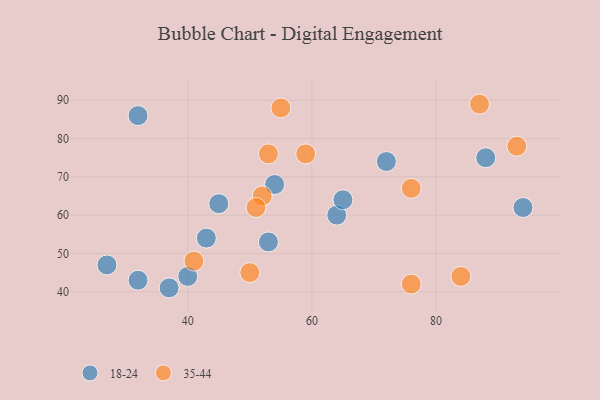
{"axis": {"x": "GDP", "y": "Life Expectancy"}, "legend": ["18-24", "35-44"], "data": [{"x": "54", "y": 68, "type": "18-24"}, {"x": "64", "y": 60, "type": "18-24"}, {"x": "32", "y": 86, "type": "18-24"}, {"x": "40", "y": 44, "type": "18-24"}, {"x": "53", "y": 53, "type": "18-24"}, {"x": "32", "y": 43, "type": "18-24"}, {"x": "37", "y": 41, "type": "18-24"}, {"x": "45", "y": 63, "type": "18-24"}, {"x": "88", "y": 75, "type": "18-24"}, {"x": "72", "y": 74, "type": "18-24"}, {"x": "43", "y": 54, "type": "18-24"}, {"x": "65", "y": 64, "type": "18-24"}, {"x": "27", "y": 47, "type": "18-24"}, {"x": "94", "y": 62, "type": "18-24"}, {"x": "87", "y": 89, "type": "35-44"}, {"x": "84", "y": 44, "type": "35-44"}, {"x": "93", "y": 78, "type": "35-44"}, {"x": "41", "y": 48, "type": "35-44"}, {"x": "76", "y": 67, "type": "35-44"}, {"x": "50", "y": 45, "type": "35-44"}, {"x": "55", "y": 88, "type": "35-44"}, {"x": "52", "y": 65, "type": "35-44"}, {"x": "51", "y": 62, "type": "35-44"}, {"x": "76", "y": 42, "type": "35-44"}, {"x": "59", "y": 76, "type": "35-44"}, {"x": "53", "y": 76, "type": "35-44"}]}